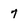
Character: 7